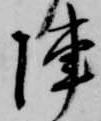
陣